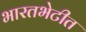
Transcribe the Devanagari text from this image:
भारतभेटीत